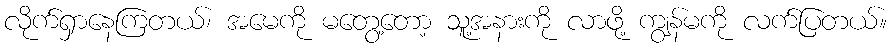
လိုက်ရှာနေကြတယ်၊ အမေကို မတွေ့တော့ သူ့အနားကို လာဖို့ ကျွန်မကို လက်ပြတယ်။